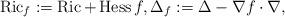
LaTeX: \begin{align*}\operatorname{Ric}_{f} := \operatorname{Ric} + \operatorname{Hess} f, \Delta_{f} := \Delta - \nabla f \cdot \nabla, \end{align*}